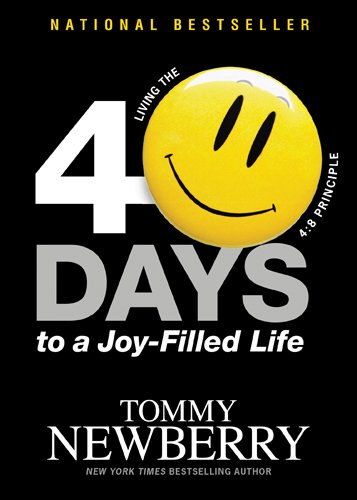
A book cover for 40 Days to a Joy-Filled Life: Living the 4:8 Principle; Tommy Newberry; Christian Books & Bibles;